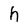
Character: h